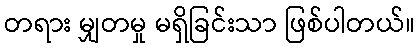
တရား မျှတမှု မရှိခြင်းသာ ဖြစ်ပါတယ်။